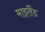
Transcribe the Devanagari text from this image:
माइलैंड